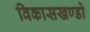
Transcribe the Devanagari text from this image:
विकासखण्डो